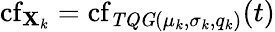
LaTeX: \operatorname{cf}_{\mathbf{X}_{k}}=\operatorname{cf}_{\mathit{{TQG}}(\mu_{k},\sigma_{k},q_{k})}(t)